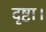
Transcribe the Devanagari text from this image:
दृष्टा।